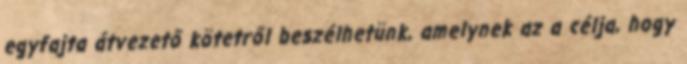
egyfajta átvezető kötetről beszélhetünk, amelynek az a célja, hogy